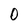
Character: 0